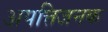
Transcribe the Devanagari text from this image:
अपत्तिजनक